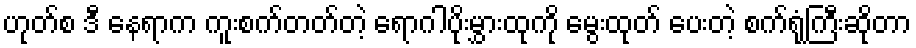
ဟုတ်စ ဒီ နေရာက ကူးစက်တတ်တဲ့ ရောဂါပိုးမွှားထုကို မွေးထုတ် ပေးတဲ့ စက်ရုံကြီးဆိုတာ